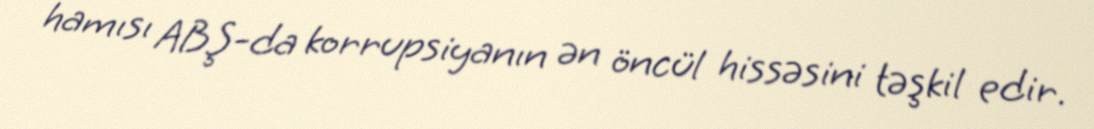
hamısı ABŞ-da korrupsiyanın ən öncül hissəsini təşkil edir.